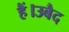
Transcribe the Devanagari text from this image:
हैं।उबैद